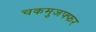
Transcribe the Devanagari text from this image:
चकमुजफ्फर